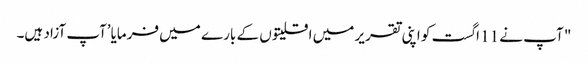
" آپ نے 11 اگست کو اپنی تقریر میں اقلیتوں کے بارے میں فرمایا’آپ آزاد ہیں۔